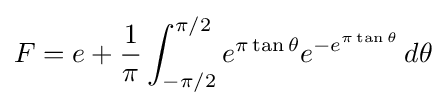
F=e+{\frac {1}{\pi }}\int _{-\pi /2}^{\pi /2}e^{\pi \tan \theta }e^{-e^{\pi \tan \theta }}\,d\theta